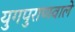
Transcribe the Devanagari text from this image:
युगपुराणवाले